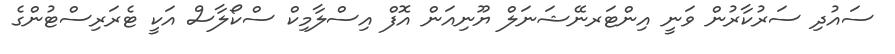
ސައުދި ސަރުކާރުން ވަނީ އިންޓަރނޭޝަނަލް ޔޫނިއަން އޮފް އިސްލާމިކް ސްކޯލާސް އަކީ ޓެރަރިސްޓުންގެ